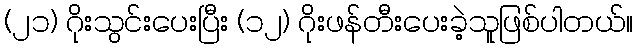
(၂၁) ဂိုးသွင်းပေးပြီး (၁၂) ဂိုးဖန်တီးပေးခဲ့သူဖြစ်ပါတယ်။